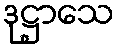
ဒုဋ္ဌာသေ